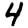
Digit: 4